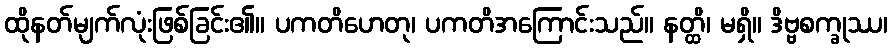
ထိုနတ်မျက်လုံးဖြစ်ခြင်း၏။ ပကတိဟေတု၊ ပကတိအကြောင်းသည်။ နတ္ထိ၊ မရှိ။ ဒိဗ္ဗစက္ခုဿ၊